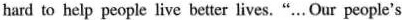
hard to help people live better lives.“…Our people's